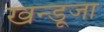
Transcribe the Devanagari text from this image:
खन्डूजा